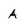
Character: A